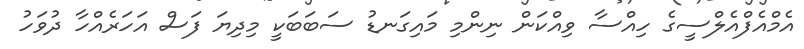
އެމްއެފްއެލްސީގެ ހިއްސާ ވިއްކަން ނިންމި މައިގަނޑު ސަބަބަކީ މިދިޔަ ފަސް އަހަރެއްހާ ދުވަހު